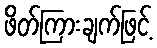
ဖိတ်ကြားချက်ဖြင့်